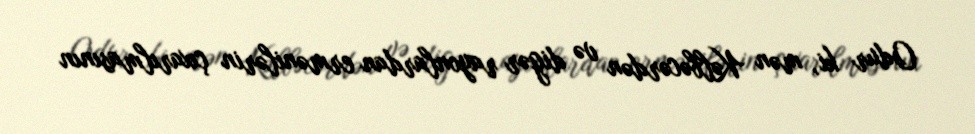
Odur ki, mən Kəlbəcərdən və digər rayonlardan ermənilərin çıxarılmasının